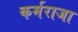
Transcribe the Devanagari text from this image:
कर्मराजा